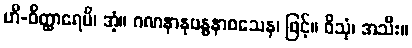
ဟိ-ဝိတ္ထာရေမိ၊ အံ့။ ဂဏနာနုဗန္ဓနာဝသေန၊ ဖြင့်။ ဝိသုံ၊ အသီး။